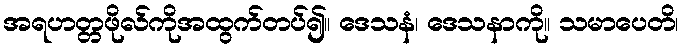
အရဟတ္တဖိုလ်ကိုအထွက်တပ်၍။ ဒေသနံ၊ ဒေသနာကို။ သမာပေတိ၊